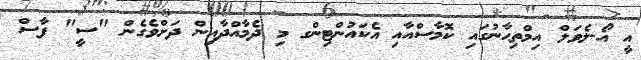
އީ އޯ-ލެވަލް އިމްތިޙާނުގައި ކޮމާސްއާއި އެކައުންޓިންގ މި ދެމާއްދާއިން ދަށްވެގެން "ސީ" ފާސް